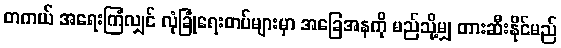
တကယ် အရေးကြံလျှင် လုံခြုံရေးတပ်များမှာ အခြေအနကို မည်သို့မျှ တားဆီးနိုင်မည်